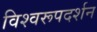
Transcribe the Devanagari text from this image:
विश्‍वरूपदर्शन